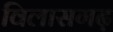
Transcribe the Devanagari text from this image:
विलासगढ़